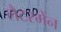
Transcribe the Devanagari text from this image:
लैटरमेंन